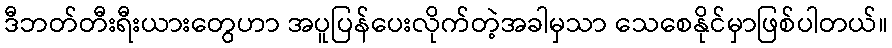
ဒီဘတ်တီးရီးယားတွေဟာ အပူပြန်ပေးလိုက်တဲ့အခါမှသာ သေစေနိုင်မှာဖြစ်ပါတယ်။